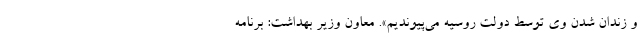
و زندان شدن وی توسط دولت روسیه می‌پیوندیم». معاون‌ وزیر بهداشت: برنامه